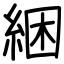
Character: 綑